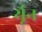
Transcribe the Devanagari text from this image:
र्यून